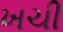
ખચી